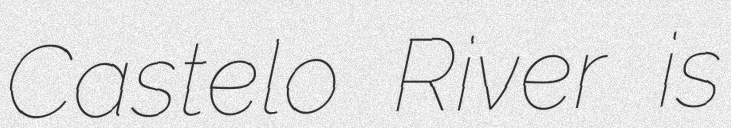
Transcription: Castelo River is